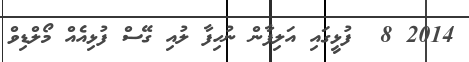
2014 8  ފުޅީގައި އަލިފާން ނުހިފާ ލުއި ގޭސް ފުޅިއެއް މޯލްޑިވް